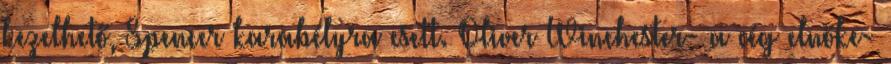
kezelhető, Spencer karabélyra esett. Oliver Winchester- a cég elnöke-